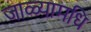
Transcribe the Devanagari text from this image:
जाळ्यामधि